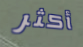
أكثر